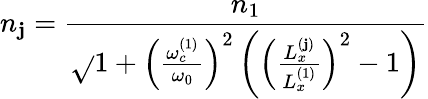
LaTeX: n_{\mathbf{j}}=\frac{{n_{1}}}{{\sqrt{}{{1+\left(\frac{{\omega_{c}^{(1)}}}{{\omega_{0}}}\right)^{2}\left(\left(\frac{{L_{x}^{(\mathbf{j})}}}{{L_{x}^{(1)}}}\right)^{2}-1\right)}}}}